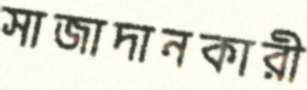
সাজাদানকারী